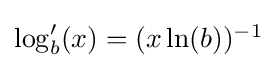
\textstyle \log _{b}'(x)=(x\ln(b))^{-1}